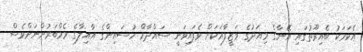
އެކަމަކު ބެއިރޫތުގައި އޭނާގެ މިއަދުގެ ވަޒީފާއަކަށް ވެފައިވަނީ ސައްދާމް ހުސައިންގެ އާއިލާގެ މެމްބަރުންނަށްވެސް